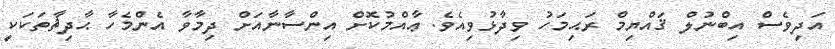
އަދިވެސް އިބްނުލް ޤައްޔިމް ރަޙިމަހު ވިދާޅުވިއެވެ. ޢާއްމުކޮށް އިންސާނާއަށް ދިމާވާ އެންމެހާ ޙާދިޘާތަކަކީ